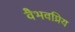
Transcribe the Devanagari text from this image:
वैभवप्रिय